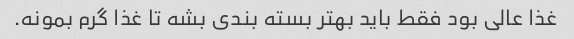
غذا عالی بود فقط باید بهتر بسته بندی بشه تا غذا گرم بمونه.